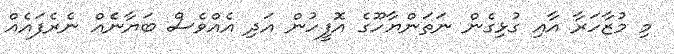
މި މުޒާހަރާ އާއި ގުޅިގެން ނަތަންޔާހޫގެ އޮފީހުން އަދި އެއްވެސް ބަޔާނެެއް ނެރެފައެއް